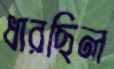
ধারছিল